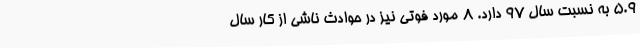
5.9 به نسبت سال 97 دارد. 8 مورد فوتی نیز در حوادث ناشی از کار سال